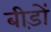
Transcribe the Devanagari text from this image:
बीड़ों